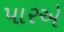
પારએ